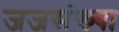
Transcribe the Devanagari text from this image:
जजसंख्या